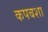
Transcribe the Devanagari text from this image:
कपबशा